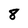
Character: 8